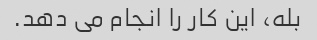
بله، این کار را انجام می دهد.